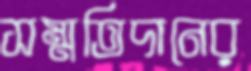
সম্মতিদানের